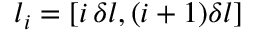
l _ { i } = [ i \, \delta l , ( i + 1 ) \delta l ]